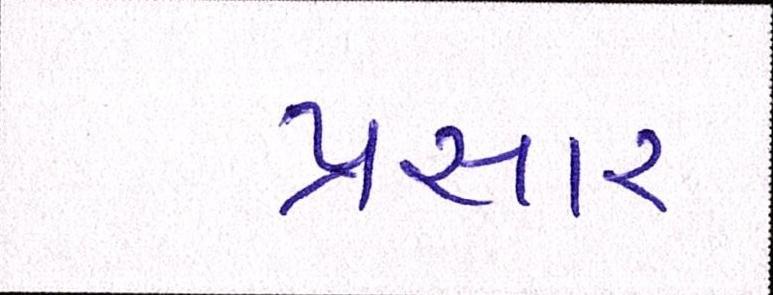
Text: પ્રસાર